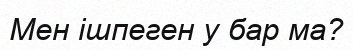
Мен ішпеген у бар ма?